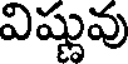
విష్ణువు